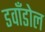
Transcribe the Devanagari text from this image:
डवाँडोल